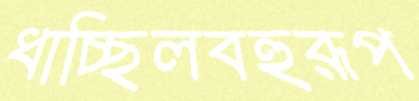
ধাচ্ছিলবহুরূপ